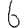
Digit: 6